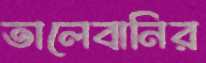
তালেবানির